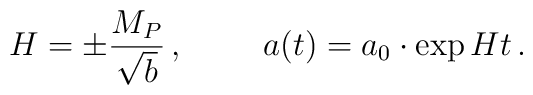
H = \pm \frac{M_P}{\sqrt{b}}\,,\,\,\,\,\,\,\,\,\,\,\,\,\,\,a(t) = a_0\cdot \exp {Ht}\,.